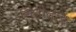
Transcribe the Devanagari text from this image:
भिंतीलाच